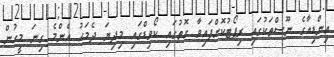
އިންޑިއާގެ ނޫސްތަކުގައި ރިޕޯޓުކޮށްފައިވާ ގޮތުގައި ކޯވިޑްގައި މިދިޔަ ދެމަހު އެންމެ ގިނަ މީހުން